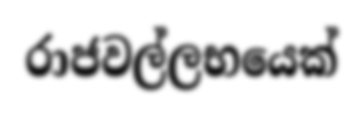
රාජවල්ලභයෙක්